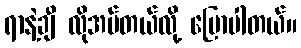
ရာနဲ့ချီ လိုအပ်တယ်လို့ ပြောပါတယ်။